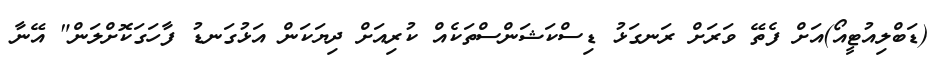
(ޑަބްލިއުޓީއޯ)އަށް ފެތޭ ވަރަށް ރަނގަޅު ޑިސްކަޝަންސްތަކެއް ކުރިއަށް ދިޔަކަން އަޅުގަނޑު ފާހަގަކޮށްލަން" އޭނާ